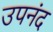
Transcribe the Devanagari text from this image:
उपनंद